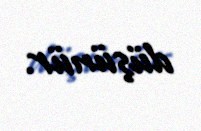
düşünür.